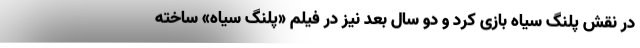
در نقش پلنگ سیاه بازی کرد و دو سال بعد نیز در فیلم «پلنگ سیاه» ساخته